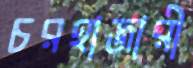
চরহাজারী